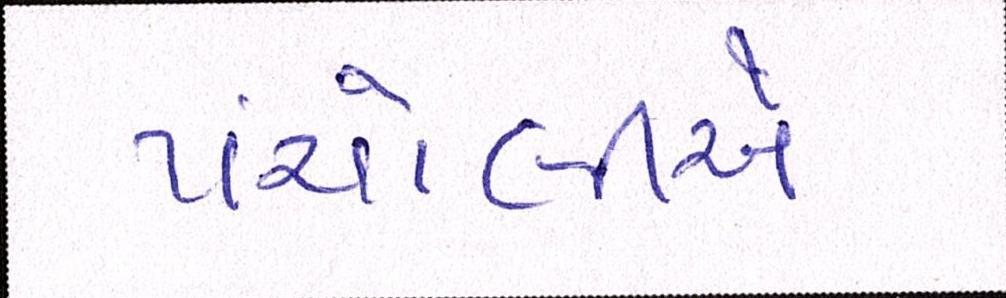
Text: પંચોલીએ